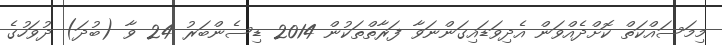
މިމަސައްކަތް ކޮށްދެއްވަން އެދިވަޑައިގަންނަވާ ފަރާތްތަކުން 2014 ޑިސެންބަރު 24 ވާ (ބުދަ) ދުވަހުގެ